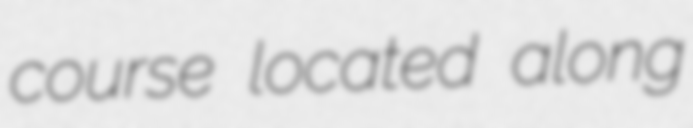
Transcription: course located along